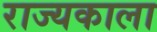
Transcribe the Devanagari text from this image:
राज्यकाला